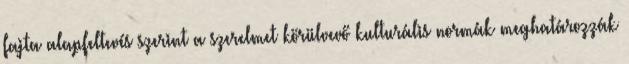
fajta alapfeltevés szerint a szerelmet körülvevő kulturális normák meghatározzák